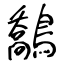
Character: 鷮